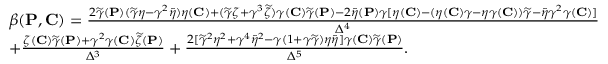
\begin{array} { r l } & { \beta ( { \mathbf { P } } , { \mathbf { C } } ) = \frac { 2 \widetilde { \gamma } ( { \mathbf { P } } ) ( \widetilde { \gamma } \eta - \gamma ^ { 2 } \widetilde { \eta } ) \eta ( { \mathbf { C } } ) + ( \widetilde { \gamma } \zeta + \gamma ^ { 3 } \widetilde { \zeta } ) \gamma ( { \mathbf { C } } ) \widetilde { \gamma } ( { \mathbf { P } } ) - 2 \widetilde { \eta } ( { \mathbf { P } } ) \gamma [ \eta ( { \mathbf { C } } ) - ( \eta ( { \mathbf { C } } ) \gamma - \eta \gamma ( { \mathbf { C } } ) ) \widetilde { \gamma } - \widetilde { \eta } \gamma ^ { 2 } \gamma ( { \mathbf { C } } ) ] } { \Delta ^ { 4 } } } \\ & { + \frac { \zeta ( { \mathbf { C } } ) \widetilde { \gamma } ( { \mathbf { P } } ) + \gamma ^ { 2 } \gamma ( { \mathbf { C } } ) \widetilde { \zeta } ( { \mathbf { P } } ) } { \Delta ^ { 3 } } + \frac { 2 [ \widetilde { \gamma } ^ { 2 } \eta ^ { 2 } + \gamma ^ { 4 } \widetilde { \eta } ^ { 2 } - \gamma ( 1 + \gamma \widetilde { \gamma } ) \eta \widetilde { \eta } ] \gamma ( { \mathbf { C } } ) \widetilde { \gamma } ( { \mathbf { P } } ) } { \Delta ^ { 5 } } . } \end{array}